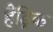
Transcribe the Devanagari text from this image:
हैंड्रिक